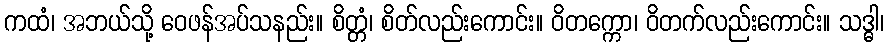
ကထံ၊ အဘယ်သို့ ဝေဖန်အပ်သနည်း။ စိတ္တံ၊ စိတ်လည်းကောင်း။ ဝိတက္ကော၊ ဝိတက်လည်းကောင်း။ သဒ္ဓါ၊